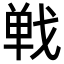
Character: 𢧐